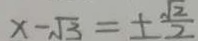
x - \sqrt { 3 } = \pm \frac { \sqrt { 2 } } { 2 }